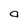
Character: a